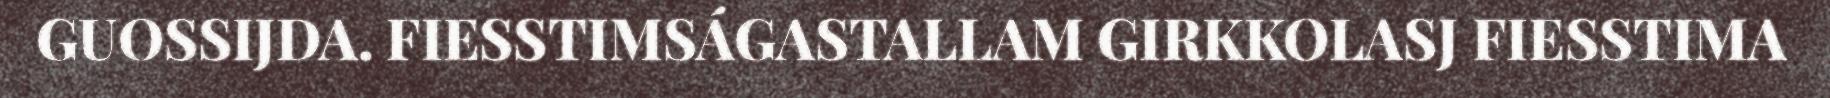
GUOSSIJDA. FIESSTIMSÁGASTALLAM GIRKKOLASJ FIESSTIMA